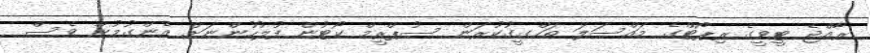
ރާއްޖެ ޓީވީގެ ރިޕޯޓްގެ މައްސަލަ ތަހްގީގުކުރަން ސުޕްރީމް ކޯޓުން ފުލުހުންނަށް އެންގުމުން ވެސް